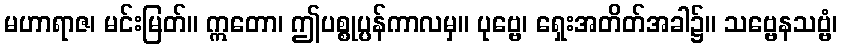
မဟာရာဇ၊ မင်းမြတ်။ ဣတော၊ ဤပစ္စုပ္ပန်ကာလမှ။ ပုဗ္ဗေ၊ ရှေးအတိတ်အခါ၌။ သဗ္ဗေနသဗ္ဗံ၊